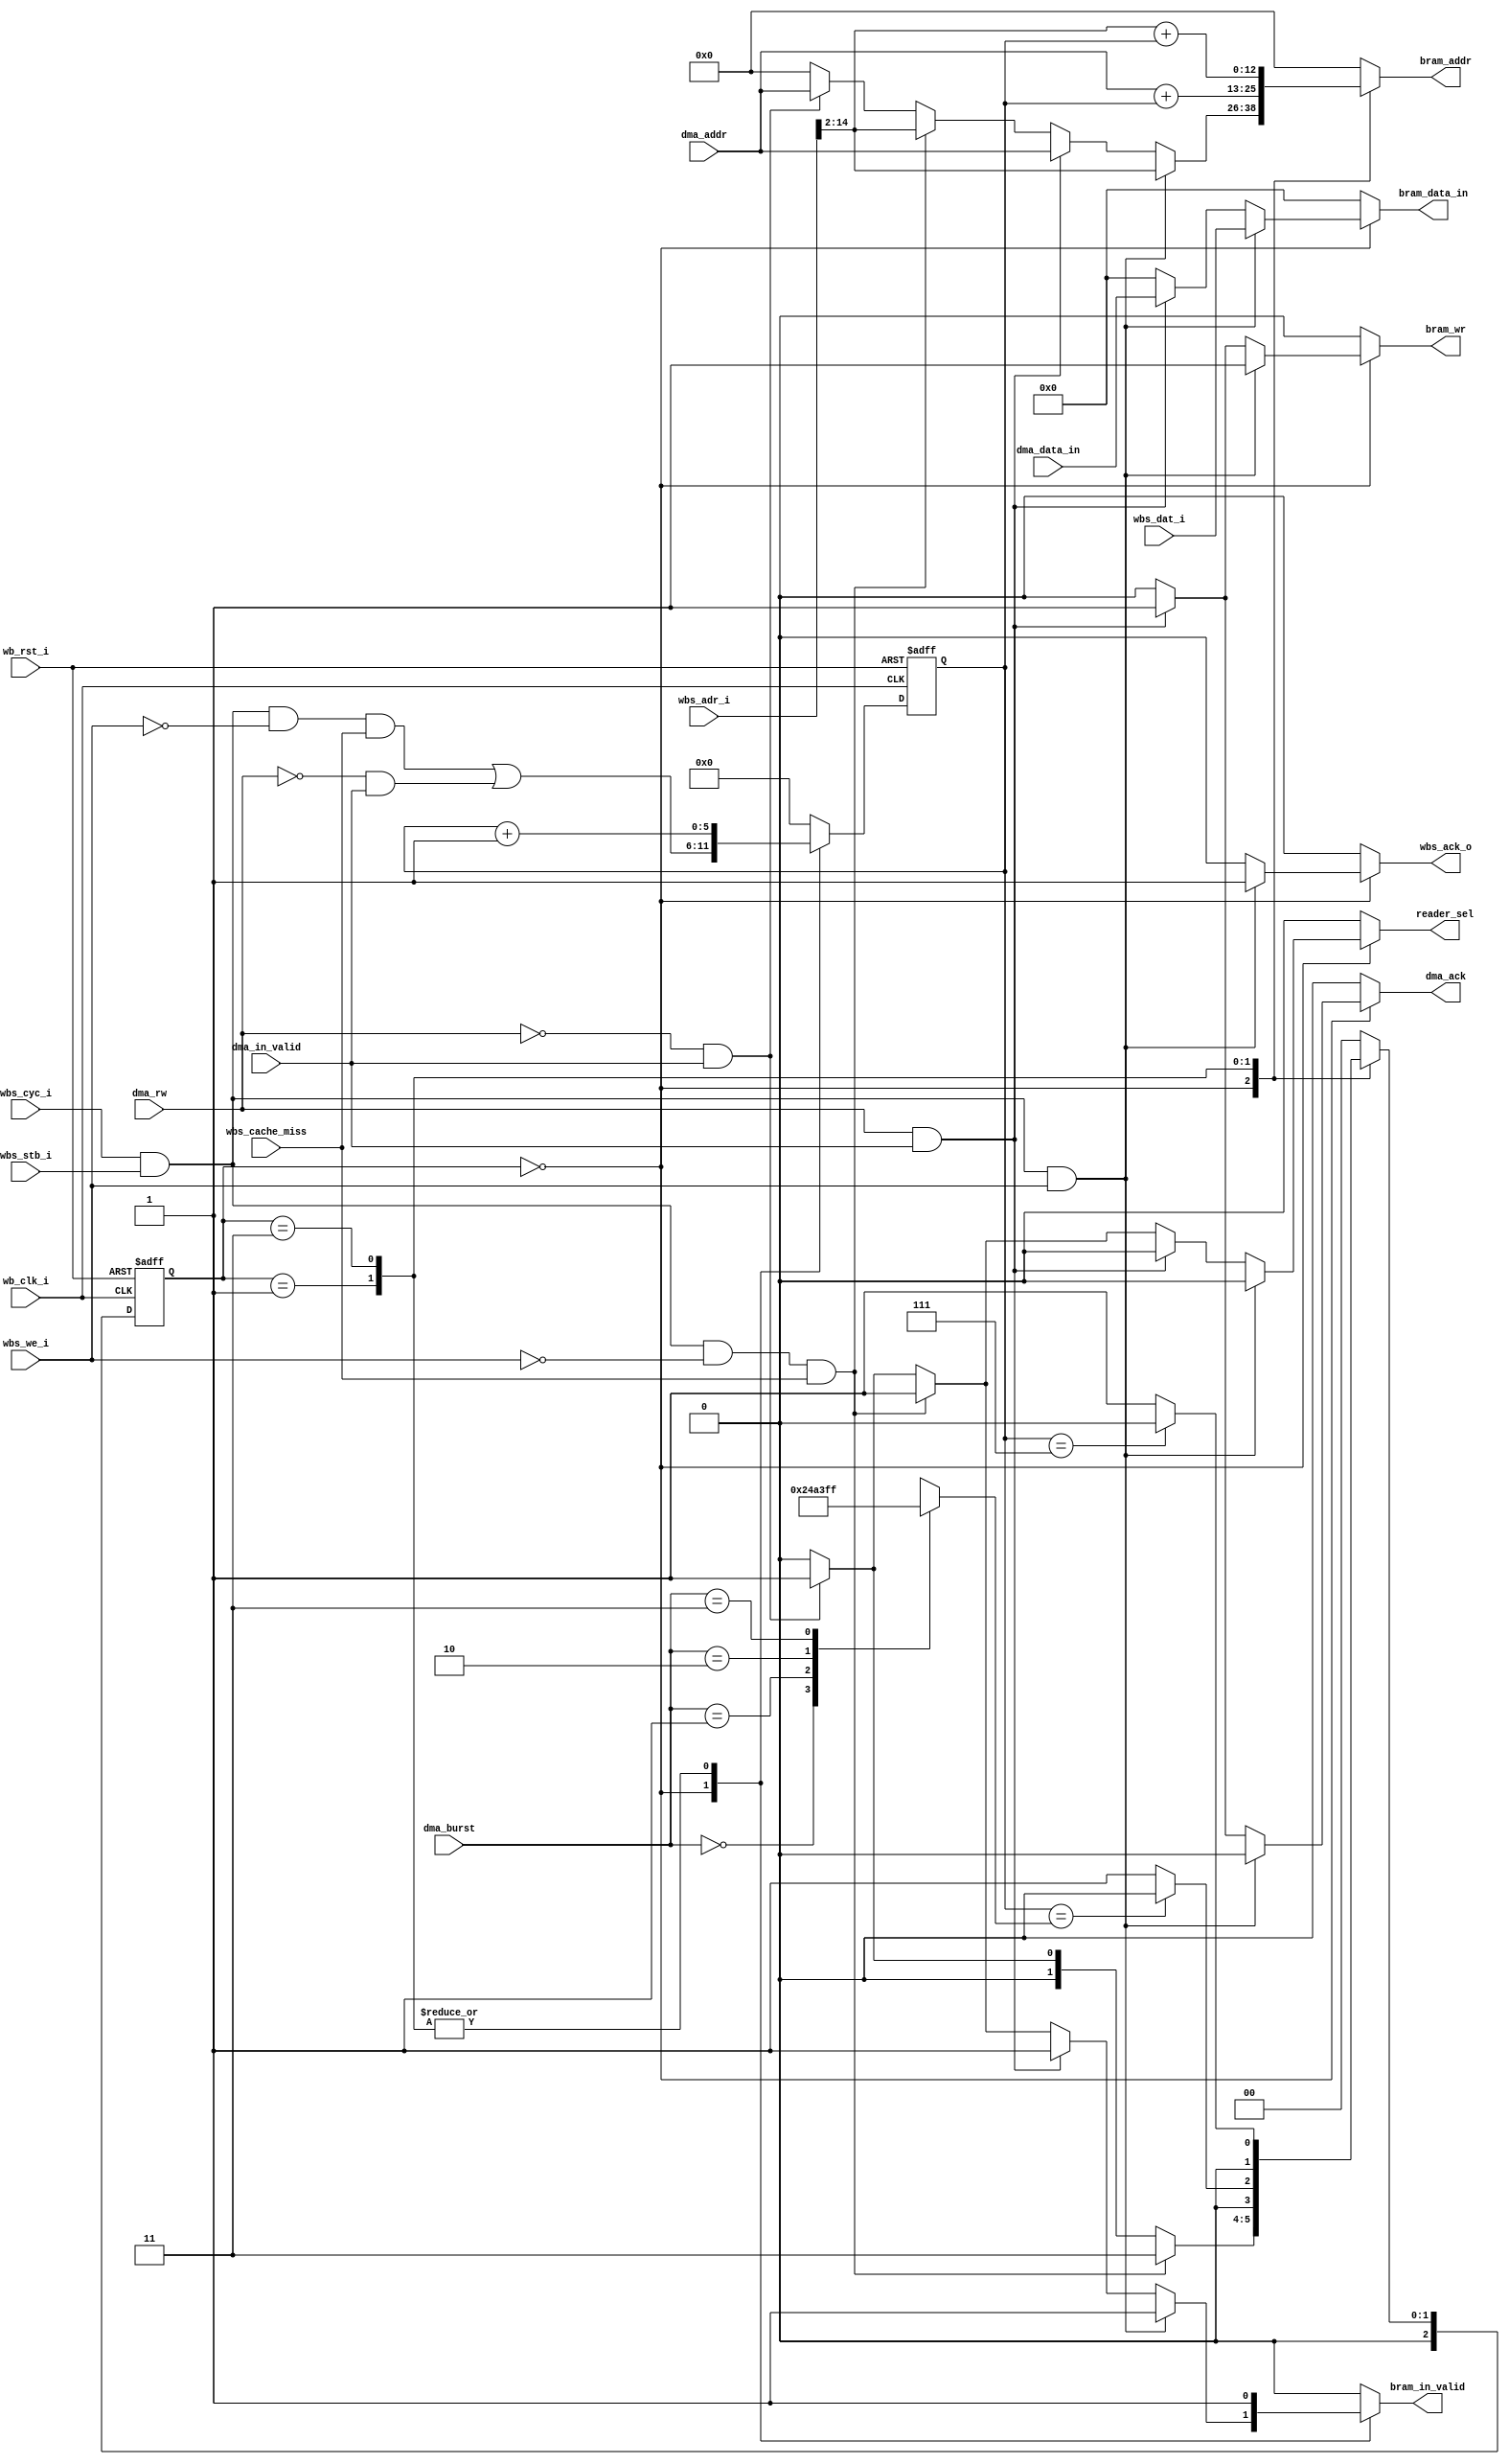
module Arbiter #(
    parameter CPU_Burst_Read_Lenght = 7 /*8-1*/,
    parameter DELAYS = 10
)(
    /* CPU WB --> Arbiter */
    // sent write request
    // System 
    input wb_clk_i ,
    input wb_rst_i ,
    // Wishbone Slave ports
    input wbs_stb_i ,
    input wbs_cyc_i ,
    input wbs_we_i ,
    // input [3:0] wbs_sel_i ,
    input [31:0] wbs_dat_i ,
    input [31:0] wbs_adr_i ,
    output wbs_ack_o ,
    // output [31:0] wbs_dat_o ,

    /* CPU Cache --> Arbiter */
    // sent read miss message
    input wbs_cache_miss ,     // CPU intruction cache miss


    /* DMA --> Arbiter */
    // sent write / read request
    input dma_rw ,
    input [1:0] dma_burst ,
    input dma_in_valid ,
    input [12:0] dma_addr ,
    output dma_ack ,
    // output [31:0] dma_data_out ,
    input [31:0] dma_data_in ,

    /* Arbiter --> BRAM Controller */
    output bram_wr ,
    output bram_in_valid , 
    output [12:0] bram_addr , 
    output [31:0] bram_data_in ,
    output reader_sel // 0:DMA  1:CPU
);
/* Parameters */
reg [5:0] Read_count ; // range 0 ~ 63  
reg [2:0] Arbiter_state_q , Arbiter_state_d ;
reg [5:0] dma_burst_d /*, dma_burst_q*/ ;
reg dma_ack_d /*, dma_ack_q*/ , wbs_ack_d /*, wbs_ack_q*/ ;
assign dma_ack = dma_ack_d ;
assign wbs_ack_o = wbs_ack_d ;
reg reader_sel_d ;
assign reader_sel = reader_sel_d ;
/*--------------------------------------------------------------------------*/
/* WB valid */
wire wbs_valid ;
assign wbs_valid = wbs_cyc_i & wbs_stb_i ;
/*--------------------------------------------------------------------------*/
/* BRAM signals */
reg bram_wr_d ;
reg bram_in_valid_d ;
reg [12:0] bram_addr_d ;
reg [31:0] bram_data_in_d ;
assign bram_wr = bram_wr_d ;
assign bram_in_valid = bram_in_valid_d ;
assign bram_addr = bram_addr_d ;
assign bram_data_in = bram_data_in_d ;
/*--------------------------------------------------------------------------*/
/* Read Counter */
always @(posedge wb_clk_i or posedge wb_rst_i) begin
    if (wb_rst_i) begin
        Read_count <= 0 ;
    end else begin
        case (Arbiter_state_q)
            /* 
            When FSM back to IDLE , counter returns to zero .
            When FSM ready to switch into read mode , counter + 1 .
            Because even FSM at IDLE state , it still process read task immediately . 

            ex : dma read , burst lenght = 10 
                0  1  2  3  4  5  6  7  8  9 10 11 12 13 14 15
            clk |  |  |  |  |  |  |  |  |  |  |  |  |  |  |  |
            FSM | 0| 0| 1| 1| 1| 1| 1| 1| 1| 1| 1| 0| 0| 0| 0|
            cnt | 0| 0| 1| 2| 3| 4| 5| 6| 7| 8| 9| 0| 0| 0| 0|
            ack _________________________________/‾‾‾‾‾‾‾‾‾‾‾‾
     read_valid ___/‾‾‾‾‾‾‾‾‾‾‾‾‾‾‾‾‾‾‾‾‾‾‾‾‾‾‾‾‾‾‾‾‾‾‾‾‾‾‾‾‾‾
            */
            IDLE : Read_count <= ((wbs_valid & ~wbs_we_i & wbs_cache_miss)|(~dma_rw & dma_in_valid)) ;
            CPURead : Read_count <= Read_count + 1 ;
            DMARead : Read_count <= Read_count + 1 ;
            default : Read_count <= 0 ;
        endcase
    end
end
/*--------------------------------------------------------------------------*/
/* Arbiter FSM */
localparam  IDLE = 3'd0 ,
            DMARead = 3'd1 ,
            DMAWrite = 3'd2 ,
            CPURead = 3'd3 ,
            CPUWrite = 3'd4 ;
always @(posedge wb_clk_i or posedge wb_rst_i) begin
    if (wb_rst_i) begin
        Arbiter_state_q <= 0 ;
    end else begin
        Arbiter_state_q <= Arbiter_state_d ;
    end
end
always @(*) begin
    case (Arbiter_state_q)
        IDLE: begin
            if (wbs_valid & ~wbs_we_i & wbs_cache_miss) begin      /*CPU Read*/
                Arbiter_state_d = CPURead ;
            end else if (~dma_rw & dma_in_valid) begin             /*DMA Read*/
                Arbiter_state_d = DMARead ;
            end else begin
                Arbiter_state_d = IDLE ;
            end
        end
        DMARead : begin 
            // occupy 'burst' cycles 
            Arbiter_state_d = (Read_count == dma_burst_d) ? (IDLE):(DMARead) ;
        end
        // DMAWrite : begin 

        // end
        CPURead : begin 
            // occupy '8' cycles
            Arbiter_state_d = (Read_count == CPU_Burst_Read_Lenght) ? (IDLE) : (DMARead) ; 
        end
        // CPUWrite : begin
        //     if (dma_rw & dma_in_valid) begin
        //         state_d = CPUWrite ;
        //     end else begin
        //         if (wbs_valid & wbs_we_i) begin                                 /*CPU Write*/
        //             state_d = CPUWrite ;
        //         end else if (dma_rw & dma_in_valid) begin                       /*DMA Write*/
        //             state_d = DMAWrite ;
        //         end else if (wbs_valid & ~wbs_we_i & wbs_cache_miss) begin      /*CPU Read*/
        //             state_d = CPURead ;
        //         end else if (~dma_rw & dma_in_valid) begin                      /*DMA Read*/
        //             state_d = DMARead ;
        //         end else begin
        //             state_d = IDLE ;
        //         end
        //     end
        // end
        default: Arbiter_state_d = IDLE ;
    endcase
end
/*--------------------------------------------------------------------------*/
/* ack‾ 
當狀態處於IDLE
如果收到 write 訊號會馬上回覆 ack
        0  1  2  3  4  5  6  7  8  9 10 11 12 13 14 15
clk     |  |  |  |  |  |  |  |  |  |  |  |  |  |  |  |
stb     ___/‾‾\___
cyc     ___/‾‾\___
wbs_we  ___/‾‾\___
ack     ___/‾‾\___
*/
/*--------------------------------------------------------------------------*/
/* DMA Burst Decoder*/
always @(*) begin
    case (dma_burst)
        2'b00: dma_burst_d = 10-1 ; 
        2'b01: dma_burst_d = 11-1 ; 
        2'b10: dma_burst_d = 16-1 ; 
        2'b11: dma_burst_d = 64-1 ; 
        default: dma_burst_d = 10-1 ; 
    endcase
end
/*--------------------------------------------------------------------------*/
/* Arbiter */
always @(*) begin
    reader_sel_d = 0 ;
    wbs_ack_d = 0 ;
    dma_ack_d = 0 ;
    bram_in_valid_d = 0 ;
    bram_wr_d = 0 ;
    bram_addr_d = 32'd0 ;
    bram_data_in_d = 32'd0 ;
    case (Arbiter_state_q)
        IDLE : begin
            if (wbs_valid & wbs_we_i) begin // CPU Write
                wbs_ack_d = 1 ;
                bram_wr_d = 1 ;
                bram_in_valid_d = 1 ;
                bram_data_in_d = wbs_dat_i ;
                bram_addr_d = wbs_adr_i[14:2];
            end else if (dma_rw & dma_in_valid) begin // DMA Write
                dma_ack_d = 1 ;
                bram_wr_d = 1 ;
                bram_in_valid_d = 1 ;
                bram_data_in_d = dma_data_in ;
                bram_addr_d = dma_addr ;
            end else if (wbs_valid & ~wbs_we_i & wbs_cache_miss) begin // CPU Read
                reader_sel_d = 1 ;
                bram_wr_d = 0 ;
                bram_in_valid_d = 1 ;
                bram_addr_d = wbs_adr_i[14:2] ;
            end else if (~dma_rw & dma_in_valid) begin // DMA Read 
                reader_sel_d = 1 ;
                bram_wr_d = 0 ;
                bram_in_valid_d = 1 ;
                bram_addr_d = dma_addr ;
            end else begin
                bram_in_valid_d = 0 ;
            end
        end
        DMARead : begin
            bram_wr_d = 0 ;
            bram_in_valid_d = 1 ;
            bram_addr_d = dma_addr+Read_count ;
        end
        CPURead : begin
            bram_wr_d = 0 ;
            bram_in_valid_d = 1 ;
            bram_addr_d = wbs_adr_i[14:2]+Read_count ;
        end
        default: begin
            bram_in_valid_d = 0 ;
        end
    endcase
end
endmodule